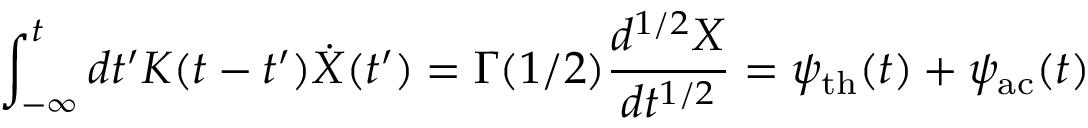
\int _ { - \infty } ^ { t } d t ^ { \prime } K ( t - t ^ { \prime } ) \dot { X } ( t ^ { \prime } ) = \Gamma ( 1 / 2 ) \frac { d ^ { 1 / 2 } X } { d t ^ { 1 / 2 } } = \psi _ { \mathrm { t h } } ( t ) + \psi _ { \mathrm { a c } } ( t )